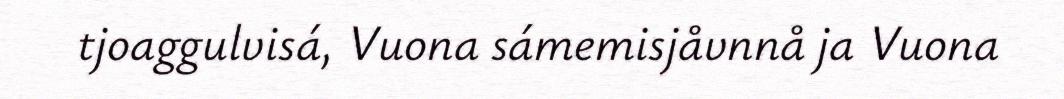
tjoaggulvisá, Vuona sámemisjåvnnå ja Vuona